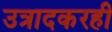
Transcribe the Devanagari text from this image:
उत्रादकरही